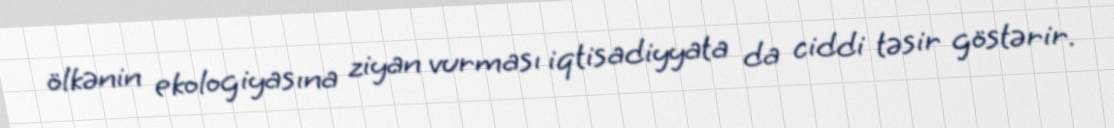
ölkənin ekologiyasına ziyan vurması iqtisadiyyata da ciddi təsir göstərir.